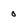
Character: 0